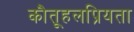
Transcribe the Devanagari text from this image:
कौतूहलप्रियता